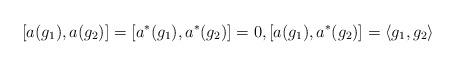
LaTeX: \begin{align*} [a(g_1),a(g_2)]=[a^*(g_1),a^*(g_2)]=0,[a(g_1), a^* (g_2)]= \langle g_1, g_2 \rangle\end{align*}